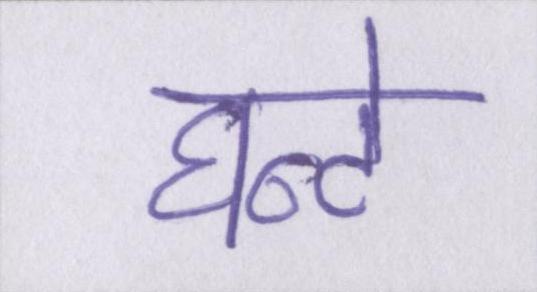
घन्टे